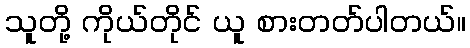
သူတို့ ကိုယ်တိုင် ယူ စားတတ်ပါတယ်။